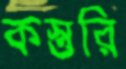
কস্তুরি